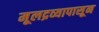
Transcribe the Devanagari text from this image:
मूलद्रव्यापासून